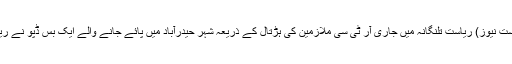
/20نومبر، ( سیاست نیوز) ریاست تلنگانہ میں جاری آر ٹی سی ملازمین کی ہڑتال کے ذریعہ شہر حیدرآباد میں پائے جانے والے ایک بس ڈپو نے ریکارڈ قائم کیا ہے۔